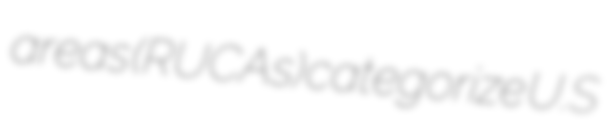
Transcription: areas (RUCAs) categorize U.S